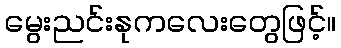
မွေးညင်းနုကလေးတွေဖြင့်။